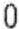
0